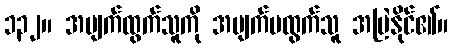
၁၃၂။ အမျက်ထွက်သူကို အမျက်မထွက်သူ အမြဲနိုင်၏။